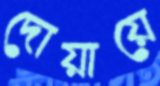
দোয়ায়ে